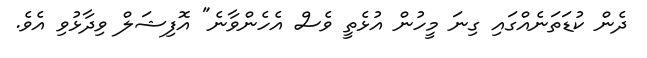
ދެން ކުޑަތަނެއްގައި ގިނަ މީހުން އުޅެތީ ވެސް އެހެންވާނެ" އޮފިޝަލް ވިދާޅުވި އެވެ.